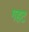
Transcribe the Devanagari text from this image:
गहट